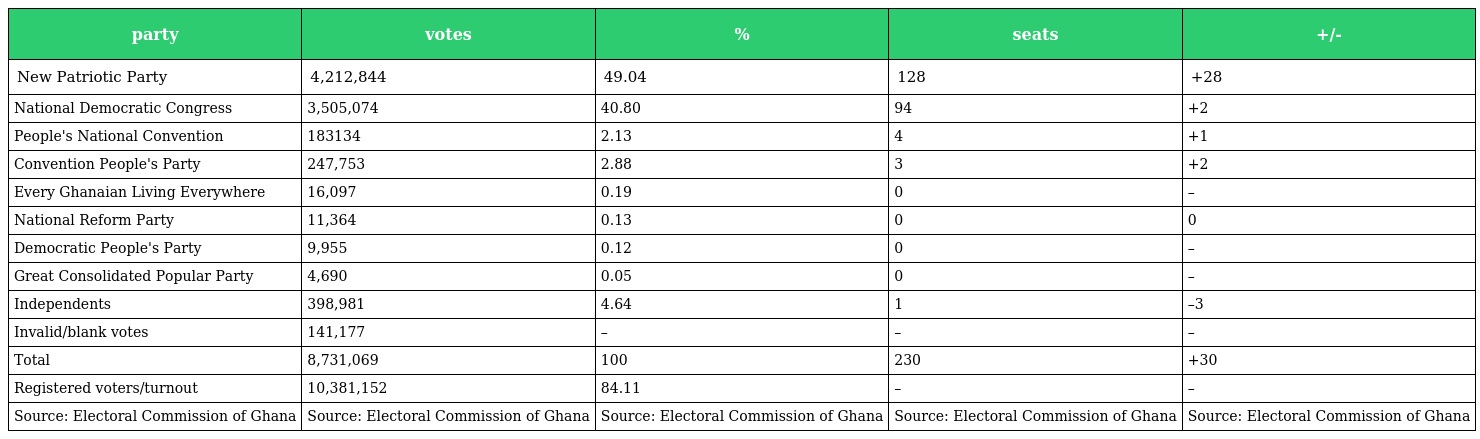
| party | votes | % | seats | +/- |
 | --- | --- | --- | --- | --- |
 | New Patriotic Party | 4,212,844 | 49.04 | 128 | +28 |
 | National Democratic Congress | 3,505,074 | 40.80 | 94 | +2 |
 | People's National Convention | 183134 | 2.13 | 4 | +1 |
 | Convention People's Party | 247,753 | 2.88 | 3 | +2 |
 | Every Ghanaian Living Everywhere | 16,097 | 0.19 | 0 | – |
 | National Reform Party | 11,364 | 0.13 | 0 | 0 |
 | Democratic People's Party | 9,955 | 0.12 | 0 | – |
 | Great Consolidated Popular Party | 4,690 | 0.05 | 0 | – |
 | Independents | 398,981 | 4.64 | 1 | –3 |
 | Invalid/blank votes | 141,177 | – | – | – |
 | Total | 8,731,069 | 100 | 230 | +30 |
 | Registered voters/turnout | 10,381,152 | 84.11 | – | – |
 | Source: Electoral Commission of Ghana | Source: Electoral Commission of Ghana | Source: Electoral Commission of Ghana | Source: Electoral Commission of Ghana | Source: Electoral Commission of Ghana |